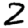
Digit: 2